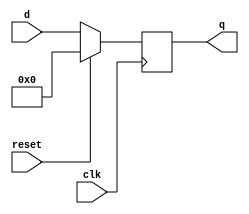
//synchronous reset 
// clk



module top_module (
    input clk,
    input reset,            // Synchronous reset
    input [7:0] d,
    output reg[7:0] q
);

    always@(posedge clk)
    begin
        if(reset)
            q = 8'b00000000;
        else
            q = d;

    end



endmodule